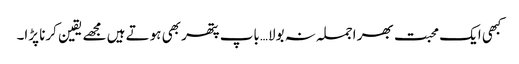
کبھی ایک محبت بھر اجملہ نہ بولا…باپ پتھر بھی ہوتے ہیں مجھے یقین کرنا پڑا۔